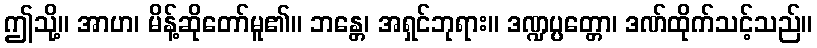
ဤသို့။ အာဟ၊ မိန့်ဆိုတော်မူ၏။ ဘန္တေ၊ အရှင်ဘုရား။ ဒဏ္ဍပ္ပတ္တော၊ ဒဏ်ထိုက်သင့်သည်။